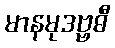
မာနမုဒဗ္ဗဓီ